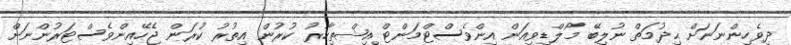
ދިވެހިންނަނަށް ޙިދުމަތް ނުލިބޭ މޯލްޑިވިއަން އިންވެސްޓްމަންޓް އިޝްތިހާރު ކުރުން އިތުރު ކުރަން ޖެހޭއިންވެސްޓަރުންނަށް